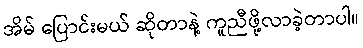
အိမ် ပြောင်းမယ် ဆိုတာနဲ့ ကူညီဖို့လာခဲ့တာပါ။